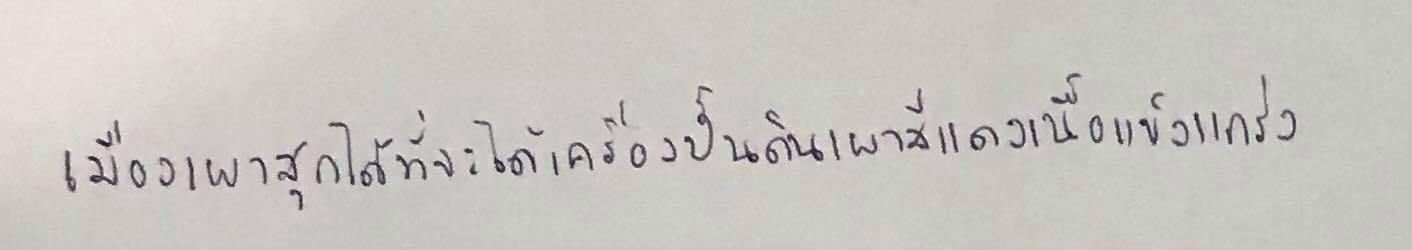
เมื่อเผาสุกได้ที่จะได้เครื่องปั้นดินเผาสีแดงเนื้อแข็งแกร่ง